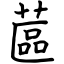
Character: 蓲